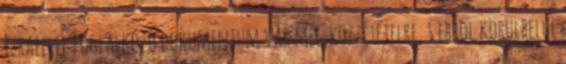
Izraellel foglalkozó dokumentum vár még közzétételre, s ebből körülbelül